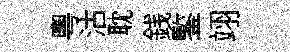
粵沽耽銭鍳翊